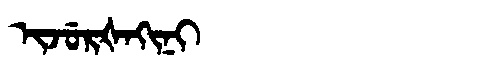
Manchu: ᡳᠵᡠᡵᡧᠠᡴᡳᠨᡳ
Romanization: IJURŠAKINI